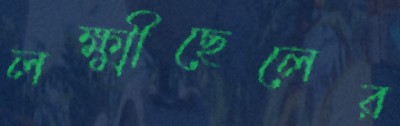
লক্ষ্মীছেলের